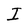
Character: I